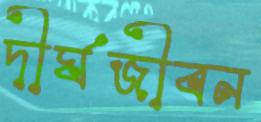
দীর্ঘজীবন